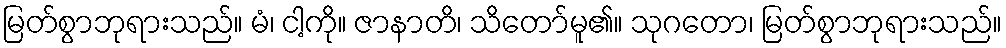
မြတ်စွာဘုရားသည်။ မံ၊ ငါ့ကို။ ဇာနာတိ၊ သိတော်မူ၏။ သုဂတော၊ မြတ်စွာဘုရားသည်။